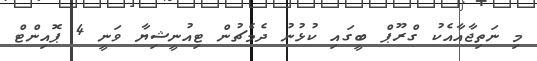
މި ނަތިޖާއާއެކު ގްރޫޕް ބީގައި ކުޅުނު ދެމެޗުން ޓިއުނީޝިޔާ ވަނީ 4 ޕޮއިންޓް